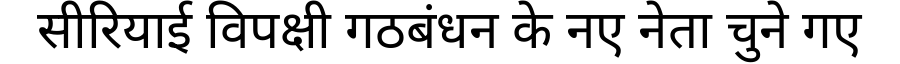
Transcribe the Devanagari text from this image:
सीरियाई विपक्षी गठबंधन के नए नेता चुने गए